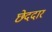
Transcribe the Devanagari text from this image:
छेददार